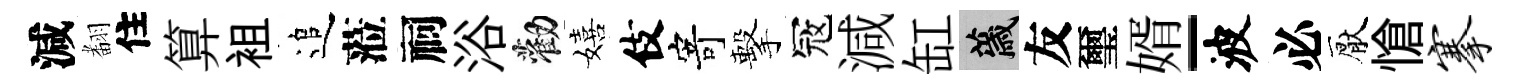
減𮋒住算袓追蒞祠浴勸嬉伎寄擊冦減缸薉友璽婿-波必厭愴搴